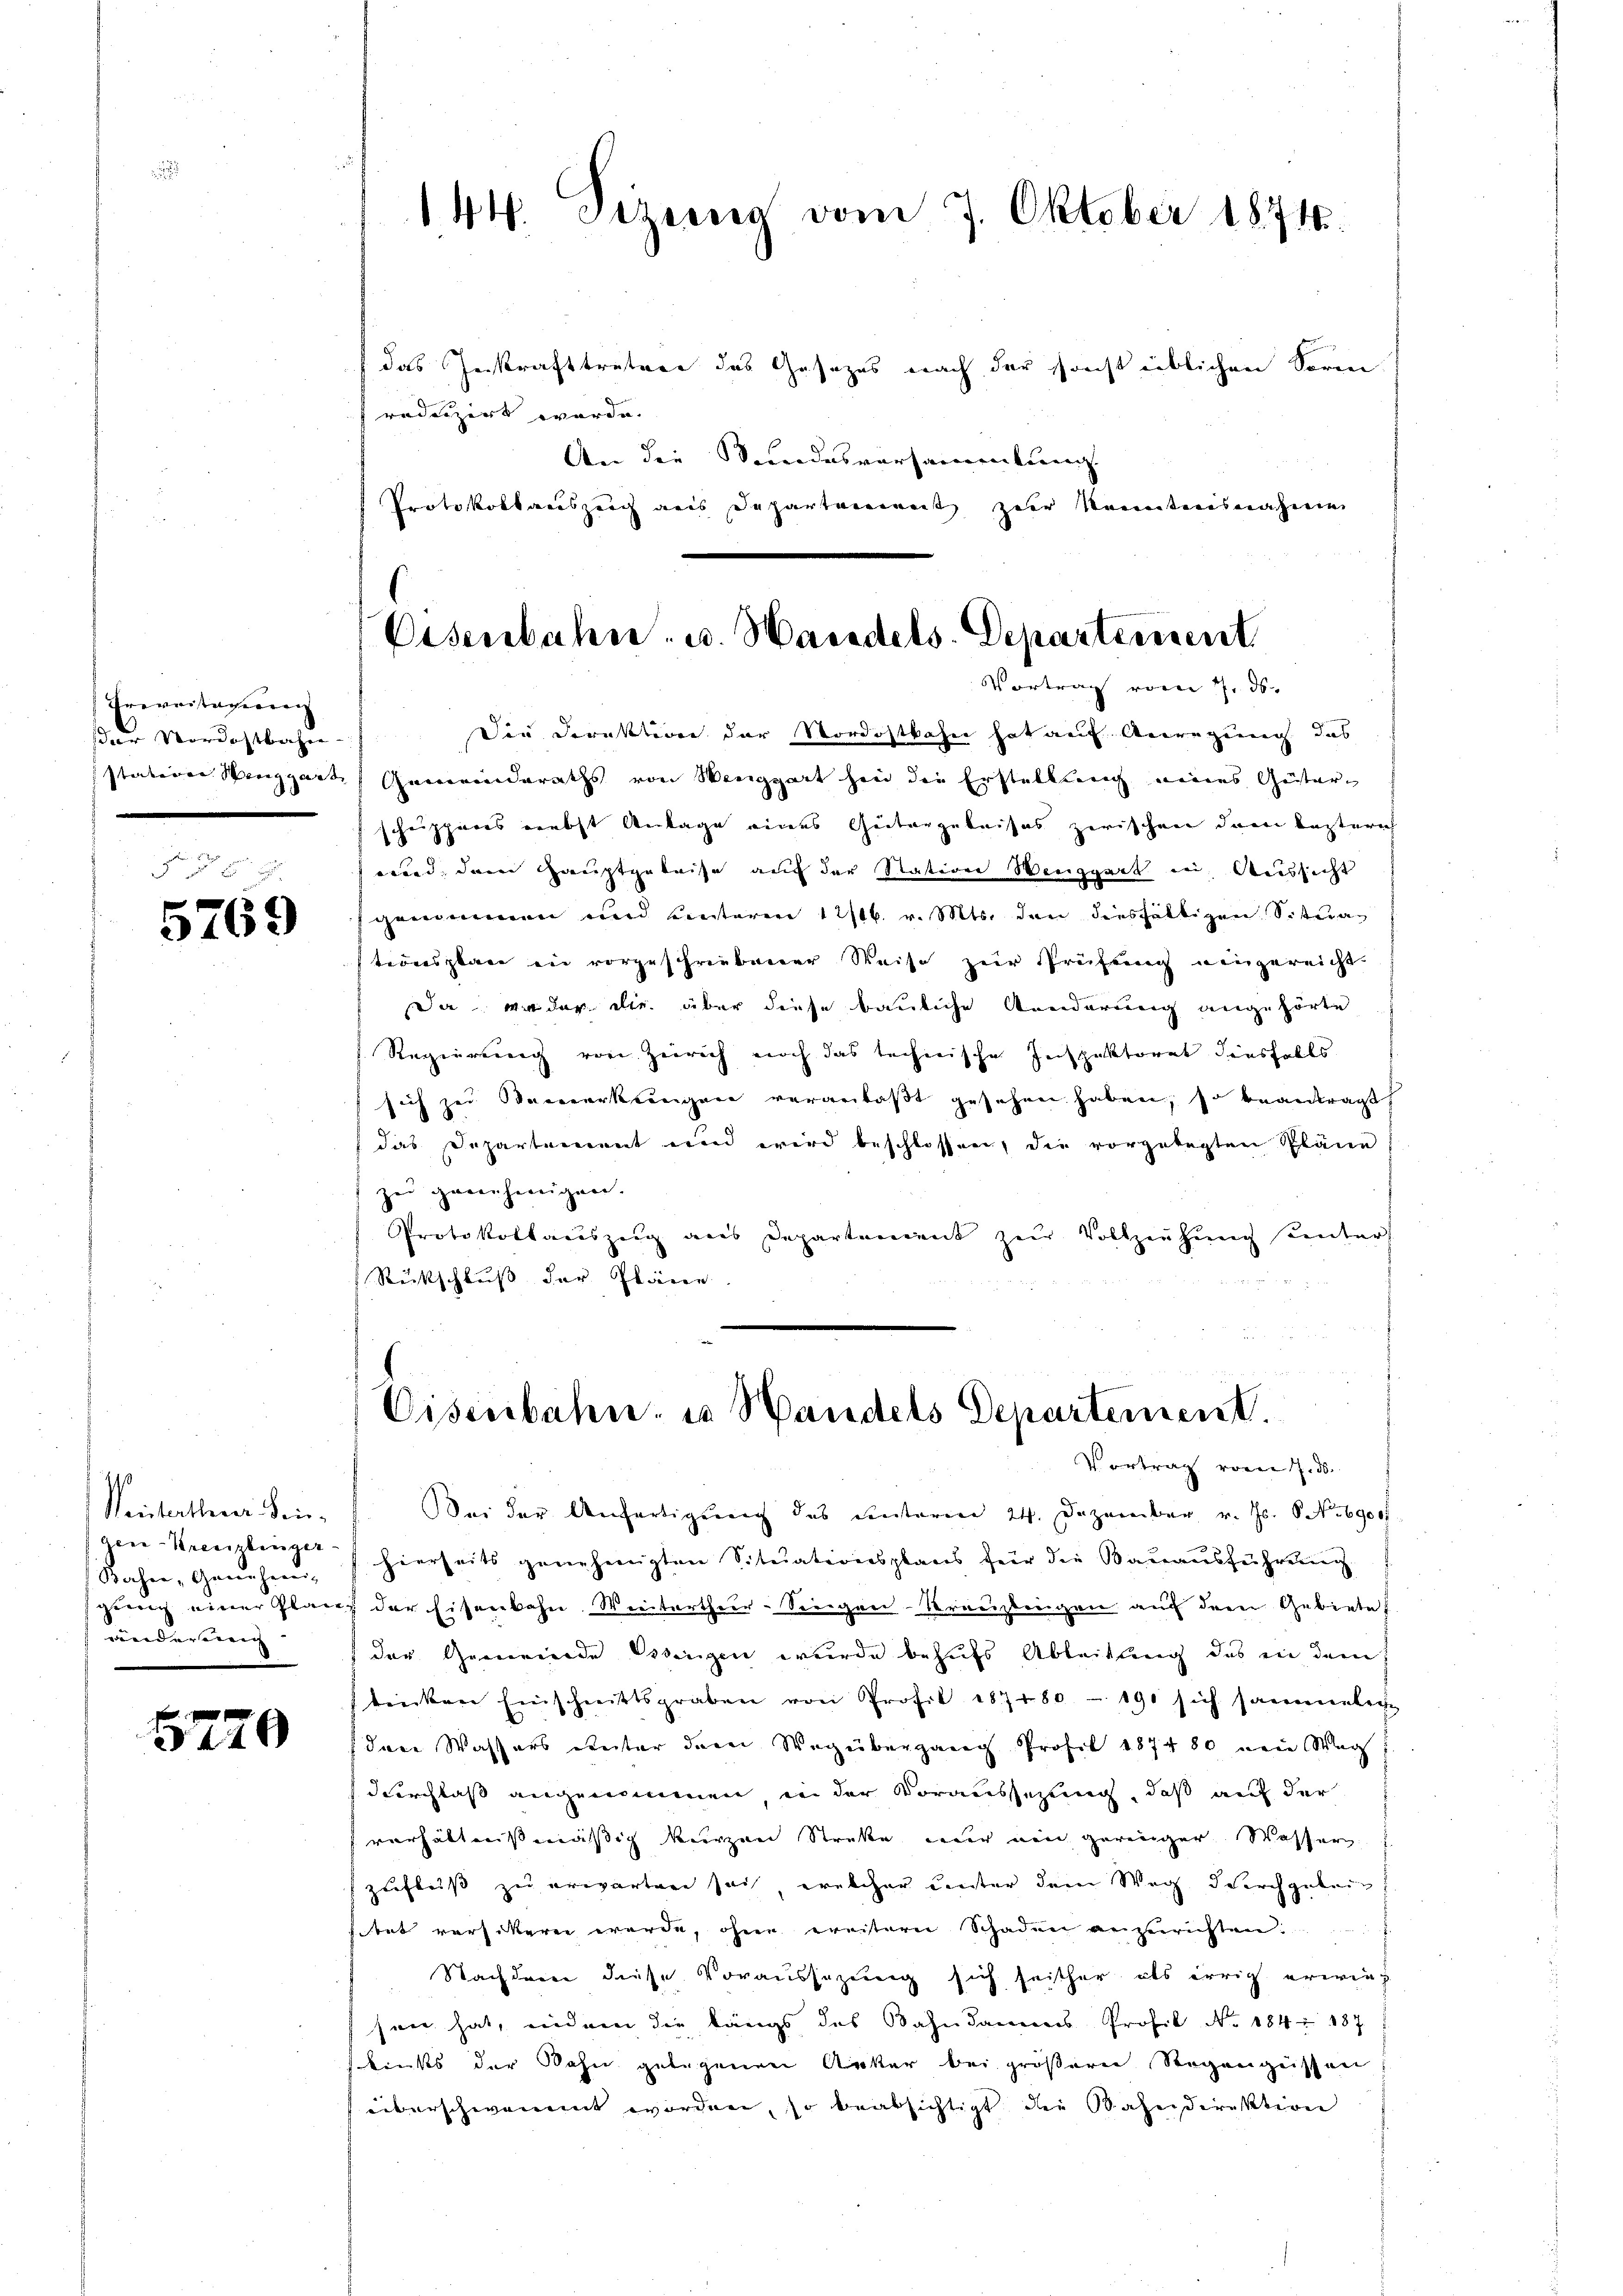
Ererristagerrenz
sder Nordostbahre |
stieren Seenggart, |

5769

Weiterthurer Seiacer-Kreuzlinger
Sacher, Genehmen.
ging einer Plai
wärderung |

5720

144. Sizung vom 7. Oktober 1874.

Disenbahn. u. Handels-Departement
Vortrag vom 7. ds.

das Instrafttretere das Gesezes nach der sonst üblichen Vorm
reduzirt wurde.
An die Bandesversammlung
Protokollauszeich aus Departement zur Kenntnisnahme
Die Direktion der Nordostbahn hat auf Anregung das
Gemeinderaths von Wenggart hin die Erstellung meines Geister
schuppiers nebst Anlage eines Gütergeleises zwischen dem bestens
wird dem Hauptgeleise auf der Station Wenggart in Aussicht
genommen und unteren 12/16. v. Mts. den diesfältigen Situationsplan in vorgeschriebener Weise zur Prüfung eingereicht.
Da wieder die über diese bauliche Kinderung angehörte
Regierung von Zürich noch das technische Inspektorat diesfalls
sich zu Bemerkungen veranlaβt gesehen haben, so beantragt,
das Departement und wird beschlossen, die vorgelegten Pläne
zŭ genehmigen.
Protokollauszeig aus Departement zur Vollziehung unter
Rückschluss der Pläne
Eisenbahn in Bandels Departement.
Vortrag vom 7. ds.
ei der Anfertigung des einterm 24. Dezember v. Js. No 6900
hierseits genehmigten Situationsplans für die Bauausführung.
 der Eisenbahn. Weitertheer-Siegen-Kraustrigen auf dem Gebiete
der Gemeinde Wenigen wurde behufs Ableitung das ein dem
ticken Einschnittsgraben von Profil 187480 - 190 sich sammenleihe
dare Wassers unter dem Weg übergang Profes 187480 nein Weg
durchlaß angenommen in der Voraussezung, daß auf der
verhältnißmäßig kurzen Streke nur ein geringer Wasser
zufleiß zu erwarten sei, welcher unter dem Weg durchgeben!
trt versiteren werde, ohne weitern Schaden anzurichten:
Nachdene diese Voraussezung sich seither als errich erwieg
sen hat, indem die längs des Bahndamms Profil No 184. 187
kinks der Bahn gelegenen Anker bei größern Regengüssen
überschwemmt worden, so beabsichtigt die Baheidirektiren